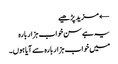
← مزید پڑھیے
یہ ہے سن خواب ہزار بارہ
میں خواب ہزار بارہ سے آیا ہوں۔